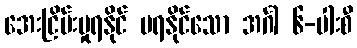
အေးငြိမ်းမှုရနိုင် မရနိုင်သော အင်္ဂါ ၆-ပါးစီ